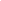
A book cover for Dielectric Spectroscopy of Polymeric Materials: Fundamentals and Applications (ACS Professional Reference Book); Science & Math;